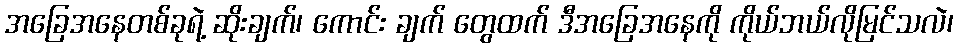
အခြေအနေတစ်ခုရဲ့ ဆိုးချက်၊ ကောင်း ချက် တွေထက် ဒီအခြေအနေကို ကိုယ်ဘယ်လိုမြင်သလဲ၊